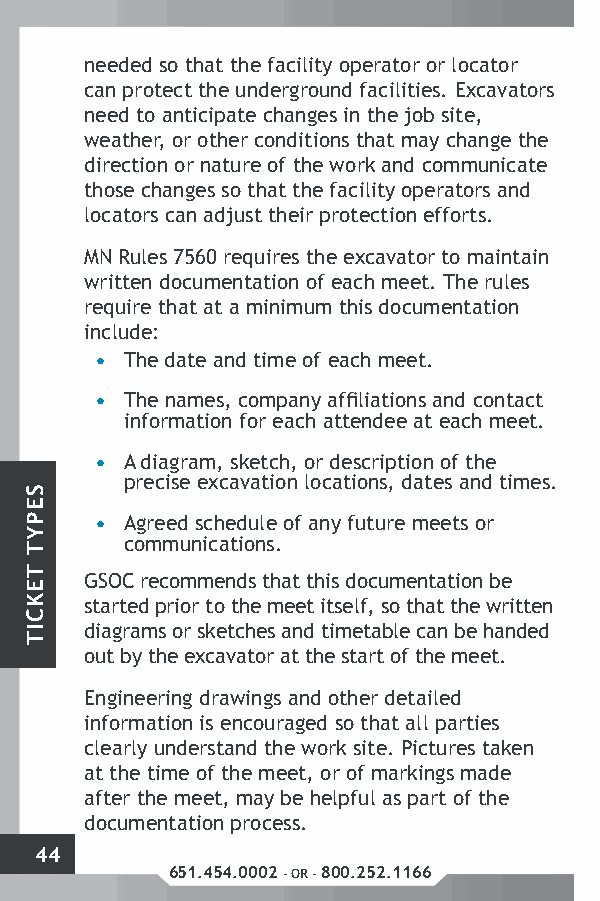
needed so that the facility operator or locator
 can protect the underground facilities. Excavators
 need to anticipate changes in the job site,
 weather, or other conditions that may change the
 direction or nature of the work and communicate
 those changes so that the facility operators and
 locators can adjust their protection efforts.
 MN Rules 7560 requires the excavator to maintain
 written documentation of each meet. The rules
 require that at a minimum this documentation
 include:
 • The date and time of each meet.
 • The names, company affiliations and contact
 information for each attendee at each meet.
 • A diagram, sketch, or description of the
 precise excavation locations, dates and times.
 • Agreed schedule of any future meets or
 communications.
 GSOC recommends that this documentation be
 started prior to the meet itself, so that the written
 diagrams or sketches and timetable can be handed
 out by the excavator at the start of the meet.
 Engineering drawings and other detailed
 information is encouraged so that all parties
 clearly understand the work site. Pictures taken
 at the time of the meet, or of markings made
 after the meet, may be helpful as part of the
 documentation process.
 44
 651.454.0002 - OR - 800.252.1166
 SEPYT
 TEKCIT